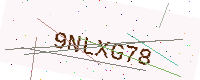
Text: 9NLXG78